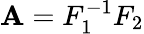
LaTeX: \mathbf{A}=F_{1}^{-1}F_{2}